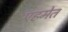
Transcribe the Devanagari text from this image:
एहमेत